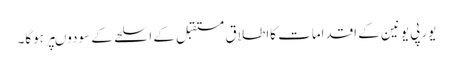
یورپی یونین کے اقدامات کااطلاق مستقبل کے اسلحے کے سودوںپر ہوگا۔